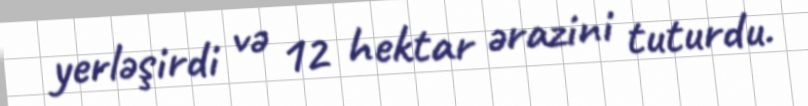
yerləşirdi və 12 hektar ərazini tuturdu.